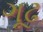
ગૂઢ